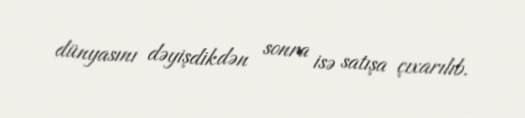
dünyasını dəyişdikdən sonra isə satışa çıxarılıb.